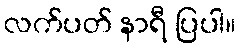
လက်ပတ် နာရီ ပြပါ။